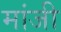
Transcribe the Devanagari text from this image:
मांजी